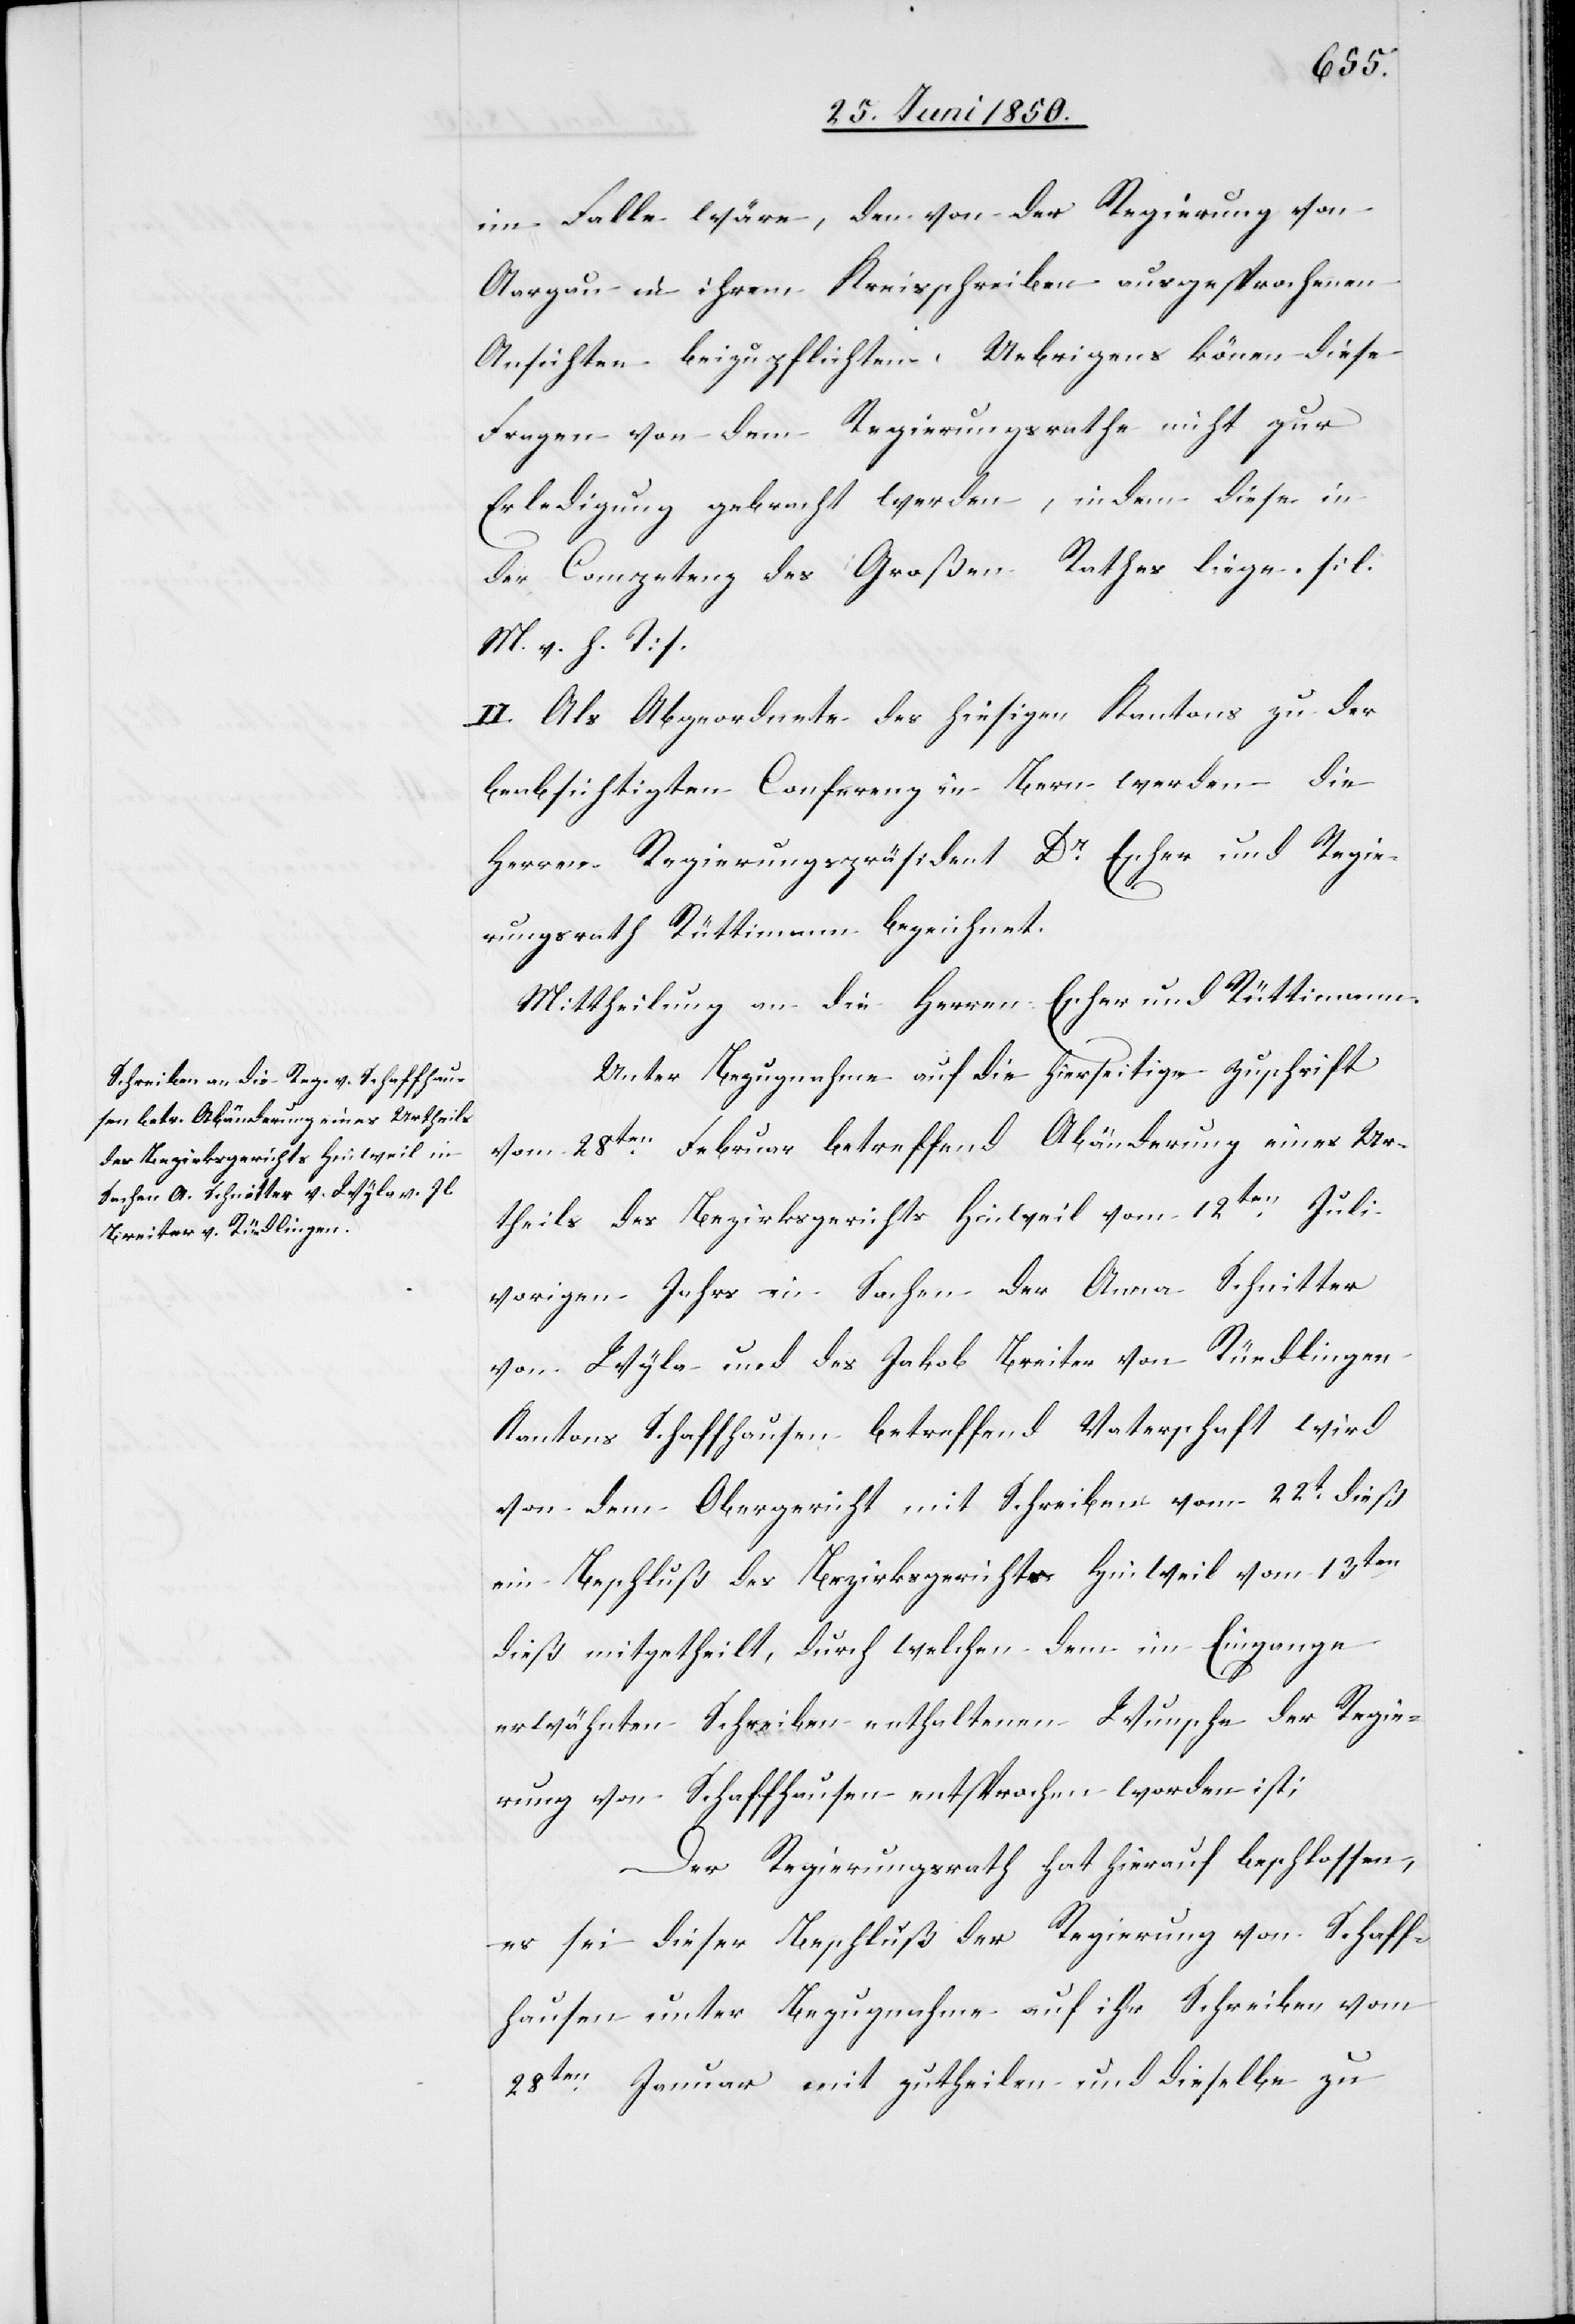
im Falle wäre, den von der Regierung von
Aargau in ihrem Kreisschreiben ausgesprochenen
Ansichten beizupflichten. Uebrigens könen diese
Fragen von dem Regierungsrathe nicht zur
Erledigung gebracht werden, indem diese in
der Competenz des Großen Rathes liegen. [l.
M. v. h. T.]
II. Als Abgeordnete des hiesigen Kantons zu der
beabsichtigten Conferenz in Bern werden die
Herren Regierungspräsident Dr Escher und Regie¬
rungsrath Rüttimann bezeichnet.
Mittheilung an die Herren Escher und Rüttimann.
Unter Bezugnahme auf die hierseitige Zuschrift
vom 28ten Februar betreffend Abänderung eines Ur¬
theils des Bezirksgerichts Hinweil vom 12ten Juli
vorigen Jahrs in Sachen der Anna Schnitter
von Wyla und des Jakob Breiter von Rüedlingen
Kantons Schaffhausen betreffend Vaterschaft wird
von dem Obergericht mit Schreiben vom 22t dieß
ein Beschluß des Bezirksgerichts Hinweil vom 13ten
dieß mitgetheilt, durch welchen dem im Eingange
erwähnten Schreiben enthaltenen Wunsche der Regie¬
rung von Schaffhausen entsprochen worden ist;
Der Regierungsrath hat hierauf beschlossen,
es sei dieser Beschluß der Regierung von Schaff¬
hausen unter Bezugnahme auf ihr Schreiben vom
28ten Januar mit zutheilen und dieselbe zu